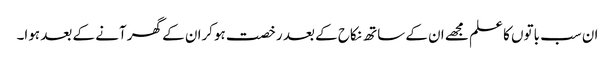
ان سب باتوں کا علم مجھے ان کے ساتھ نکاح کے بعد رخصت ہوکران کے گھر آنے کے بعد ہوا۔